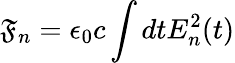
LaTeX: \mathfrak{F}_{n}=\epsilon_{0}c\int{dtE_{n}^{2}(t)}